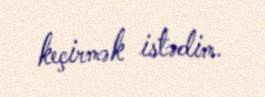
keçirmək istədim.